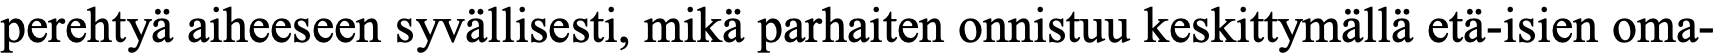
perehtyä aiheeseen syvällisesti, mikä parhaiten onnistuu keskittymällä etä-isien oma-